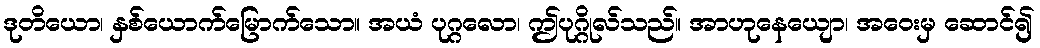
ဒုတိယော၊ နှစ်ယောက်မြောက်သော။ အယံ ပုဂ္ဂလော၊ ဤပုဂ္ဂိုလ်သည်။ အာဟုနေယျော၊ အဝေးမှ ဆောင်၍